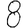
Digit: 8